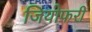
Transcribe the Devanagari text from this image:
जियोफरी